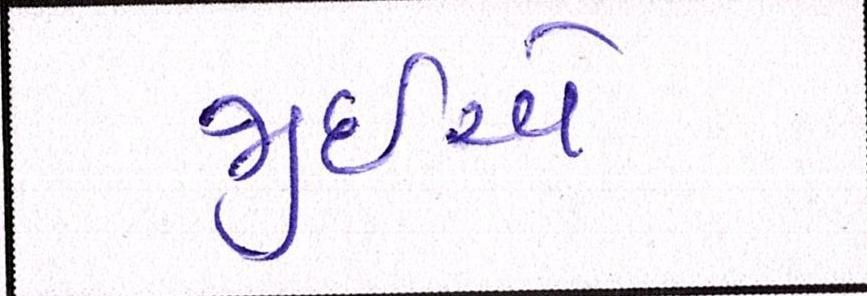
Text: જીઇએ